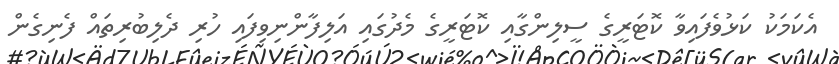
އެކަމަކު ކަޅުވެފައިވާ ކޮޓަރީގެ ސީލިންގާއި ކޮޓަރީގެ މެދުގައި އަލިފާންނިވިފައި ހުރި ދެލިބުރިތައް ފެނިގެން